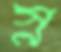
স্ন